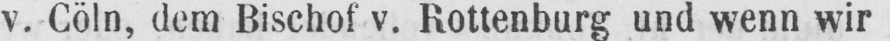
v. Cöln, dem Bischof v. Rottenburg und wenn wir